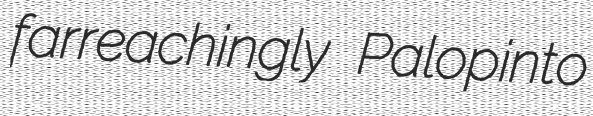
farreachingly Palopinto